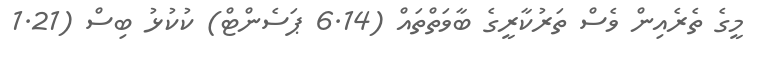
މީގެ ތެރެއިން ވެސް ތަރުކާރީގެ ބާވަތްތައް (6.14 ޕަސެންޓް) ކުކުޅު ބިސް (1.21